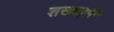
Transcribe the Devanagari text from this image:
शख्शद्रपन